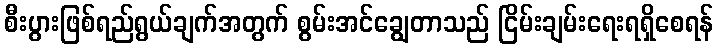
စီးပွားဖြစ်ရည်ရွယ်ချက်အတွက် စွမ်းအင်ချွေတာသည် ငြိမ်းချမ်းရေးရရှိစေရန်